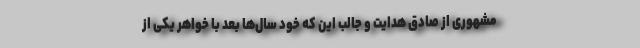
مشهوری از صادق هدایت و جالب این که خود سال‌ها بعد با خواهر یکی از